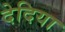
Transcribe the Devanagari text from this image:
देदिया